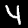
Digit: 4